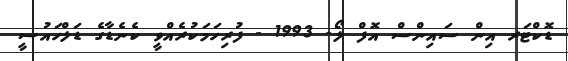
ޑޮކްޓަރ އިން ސައިންސް އޮފް ލޯ- 1993 - ފުރިހަމަކުރެއްވީ ކެނެޑާގެ ޑަލްހައުސީ